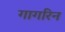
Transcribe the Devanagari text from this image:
गागरिन